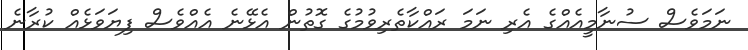
ނަމަވެސް ސުނާމީއެއްގެ އެރި ނަމަ ރައްކާތެރިވުމުގެ ގޮތުން އެޅޭނެ އެއްވެސް ފިޔަވަޅެއް ކުރާނެ